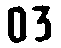
03